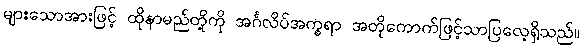
များသောအားဖြင့် ထိုနာမည်တို့ကို အင်္ဂလိပ်အက္ခရာ အတိုကောက်ဖြင့်သာပြလေ့ရှိသည်။